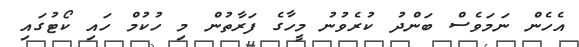
އެހެން ނަމަވެސް ބަންދު ކުރެވުނު މީހާގެ ފަރާތުން މި ހުކުމް ހައި ކޯޓުގައި